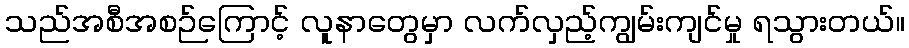
သည်အစီအစဉ်ကြောင့် လူနာတွေမှာ လက်လှည့်ကျွမ်းကျင်မှု ရသွားတယ်။